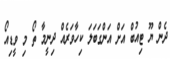
ދެން ޔޫ ޓިއުބް އަށް އަންގަބަލަ ކިހާވަރެއް ދިނީމާ ތޯ މި ވީޑިއޯ